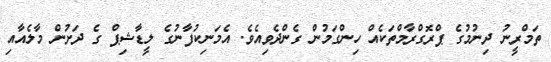
ތަމްރީނު ދިނުމުގެ ޕްރޮގްރާމްތަކެއް ހިންގަމުން ގެންދެވިއެވެ. އެމަނިކުފާނުގެ ލީޑާޝިޕް ގެ ދަށުން މާލެއާއި